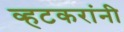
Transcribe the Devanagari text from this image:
व्हटकरांनी